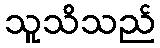
သူသိသည်